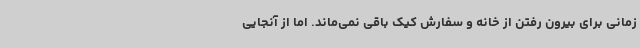
زمانی برای بیرون رفتن از خانه و سفارش کیک باقی نمی‌ماند. اما از آنجایی